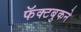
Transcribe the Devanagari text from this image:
फॅक्टबुकने